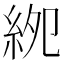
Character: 𥿎